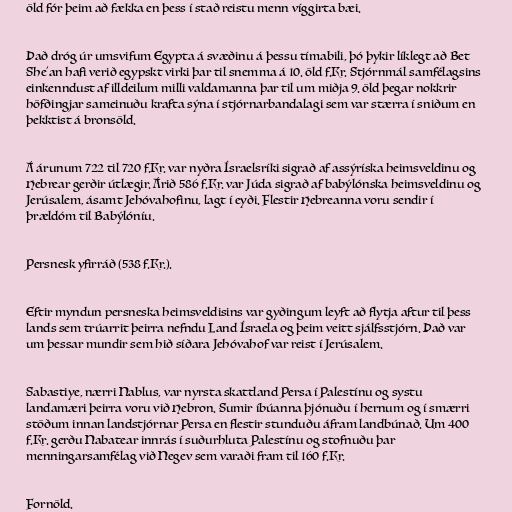
öld fór þeim að fækka en þess í stað reistu menn víggirta bæi.

Það dróg úr umsvifum Egypta á svæðinu á þessu tímabili, þó þykir líklegt að Bet
She'an hafi verið egypskt virki þar til snemma á 10. öld f.Kr. Stjórnmál samfélagsins
einkenndust af illdeilum milli valdamanna þar til um miðja 9. öld þegar nokkrir
höfðingjar sameinuðu krafta sýna í stjórnarbandalagi sem var stærra í sniðum en
þekktist á bronsöld.

Á árunum 722 til 720 f.Kr. var nyðra Ísraelsríki sigrað af assýríska heimsveldinu og
Hebrear gerðir útlægir. Árið 586 f.Kr. var Júda sigrað af babýlónska heimsveldinu og
Jerúsalem, ásamt Jehóvahofinu, lagt í eyði. Flestir Hebreanna voru sendir í
þrældóm til Babýlóníu.

Persnesk yfirráð (538 f.Kr.).

Eftir myndun persneska heimsveldisins var gyðingum leyft að flytja aftur til þess
lands sem trúarrit þeirra nefndu Land Ísraela og þeim veitt sjálfsstjórn. Það var
um þessar mundir sem hið síðara Jehóvahof var reist í Jerúsalem.

Sabastiye, nærri Nablus, var nyrsta skattland Persa í Palestínu og systu
landamæri þeirra voru við Hebron. Sumir íbúanna þjónuðu í hernum og í smærri
stöðum innan landstjórnar Persa en flestir stunduðu áfram landbúnað. Um 400
f.Kr. gerðu Nabatear innrás í suðurhluta Palestínu og stofnuðu þar
menningarsamfélag við Negev sem varaði fram til 160 f.Kr.

Fornöld.